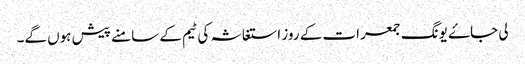
لی جاۓ یونگ جمعرات کے روز استغاثہ کی ٹیم کے سامنے پیش ہوں گے۔